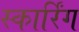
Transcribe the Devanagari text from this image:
स्कार्रिंग